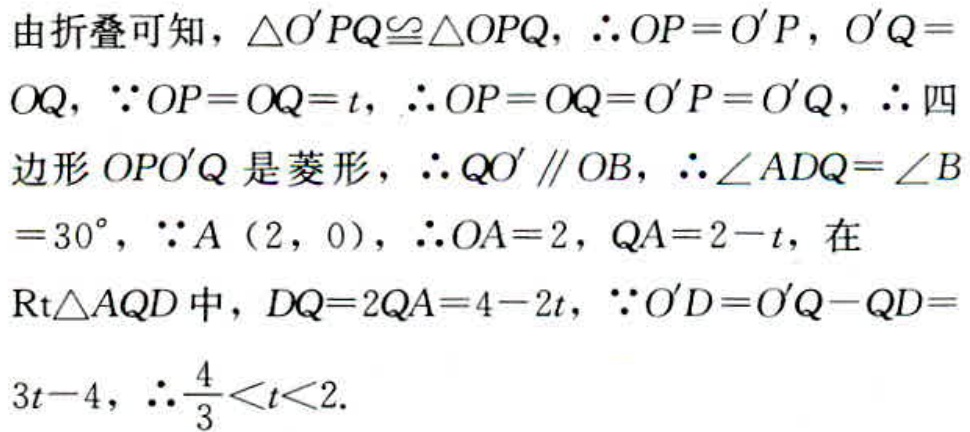
由折叠可知，$\triangle O'PQ\cong\triangle OPQ$，$\therefore OP = O'P$，$O'Q = OQ$，$\because OP = OQ = t$，$\therefore OP = OQ = O'P = O'Q$，$\therefore$四边形$OPO'Q$是菱形，$\therefore QO'\parallel OB$，$\therefore\angle ADQ = \angle B = 30^{\circ}$，$\because A\left(2,0\right)$，$\therefore OA = 2$，$QA = 2 - t$，在$\mathrm{Rt}\triangle AQD$中，$DQ = 2QA = 4 - 2t$，$\because O'D = O'Q - QD = 3t - 4$，$\therefore\frac{4}{3}<t<2$.